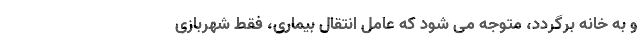
و به خانه برگردد، متوجه می شود که عامل انتقال بیماری، فقط شهربازی